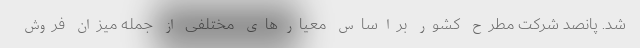
شد. پانصد شرکت مطرح کشور براساس معیارهای مختلفی از جمله میزان فروش